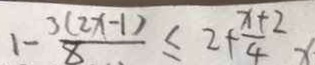
1 - \frac { 3 ( 2 x - 1 ) } { 8 } \leq 2 + \frac { x + 2 } { 4 } x